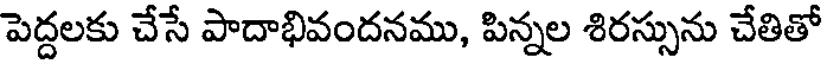
పెద్దలకు చేసే పాదాభివందనము, పిన్నల శిరస్సును చేతితో